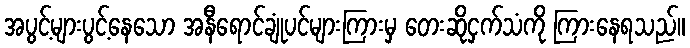
အပွင့်များပွင့်နေသော အနီရောင်ချုံပင်များကြားမှ တေးဆိုငှက်သံကို ကြားနေရသည်။